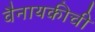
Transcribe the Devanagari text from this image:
वैनायकीची